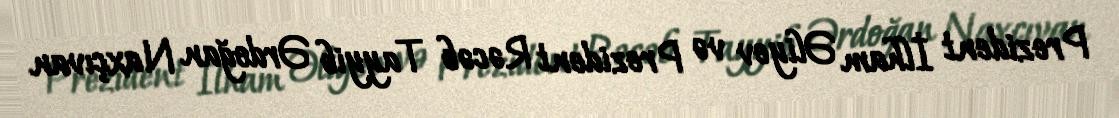
Prezident İlham Əliyev və Prezident Rəcəb Tayyib Ərdoğan Naxçıvan